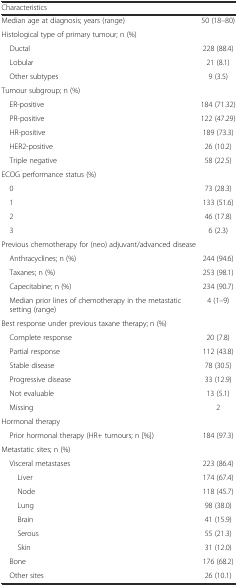
<table><thead><tr><td colspan="2"><b>Characteristics</b></td></tr></thead><tbody><tr><td>Median age at diagnosis; years (range)</td><td>50 (18–80)</td></tr><tr><td colspan="2">Histological type of primary tumour; n (%)</td></tr><tr><td> Ductal</td><td>228 (88.4)</td></tr><tr><td> Lobular</td><td>21 (8.1)</td></tr><tr><td> Other subtypes</td><td>9 (3.5)</td></tr><tr><td colspan="2">Tumour subgroup; n (%)</td></tr><tr><td> ER-positive</td><td>184 (71.32)</td></tr><tr><td> PR-positive</td><td>122 (47.29)</td></tr><tr><td> HR-positive</td><td>189 (73.3)</td></tr><tr><td> HER2-positive</td><td>26 (10.2)</td></tr><tr><td> Triple negative</td><td>58 (22.5)</td></tr><tr><td colspan="2">ECOG performance status (%)</td></tr><tr><td> 0</td><td>73 (28.3)</td></tr><tr><td> 1</td><td>133 (51.6)</td></tr><tr><td> 2</td><td>46 (17.8)</td></tr><tr><td> 3</td><td>6 (2.3)</td></tr><tr><td colspan="2">Previous chemotherapy for (neo) adjuvant/advanced disease</td></tr><tr><td> Anthracyclines; n (%)</td><td>244 (94.6)</td></tr><tr><td> Taxanes; n (%)</td><td>253 (98.1)</td></tr><tr><td> Capecitabine; n (%)</td><td>234 (90.7)</td></tr><tr><td> Median prior lines of chemotherapy in the metastatic setting (range)</td><td>4 (1–9)</td></tr><tr><td colspan="2">Best response under previous taxane therapy; n (%)</td></tr><tr><td> Complete response</td><td>20 (7.8)</td></tr><tr><td> Partial response</td><td>112 (43.8)</td></tr><tr><td> Stable disease</td><td>78 (30.5)</td></tr><tr><td> Progressive disease</td><td>33 (12.9)</td></tr><tr><td> Not evaluable</td><td>13 (5.1)</td></tr><tr><td> Missing</td><td>2</td></tr><tr><td colspan="2">Hormonal therapy</td></tr><tr><td> Prior hormonal therapy (HR+ tumours; n [%])</td><td>184 (97.3)</td></tr><tr><td colspan="2">Metastatic sites; n (%)</td></tr><tr><td> Visceral metastases</td><td>223 (86.4)</td></tr><tr><td>Liver</td><td>174 (67.4)</td></tr><tr><td>Node</td><td>118 (45.7)</td></tr><tr><td>Lung</td><td>98 (38.0)</td></tr><tr><td>Brain</td><td>41 (15.9)</td></tr><tr><td>Serous</td><td>55 (21.3)</td></tr><tr><td>Skin</td><td>31 (12.0)</td></tr><tr><td> Bone</td><td>176 (68.2)</td></tr><tr><td> Other sites</td><td>26 (10.1)</td></tr></tbody></table>